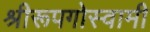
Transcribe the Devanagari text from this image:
श्रीरूपगोस्वामी